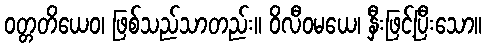
ဝတ္တတိယေဝ၊ ဖြစ်သည်သာတည်း။ ဝိလီဝမယေ၊ နှီးဖြင့်ပြီးသော။